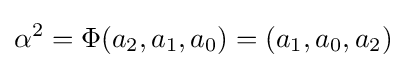
\alpha ^{2}=\Phi (a_{2},a_{1},a_{0})=(a_{1},a_{0},a_{2})